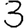
Digit: 3